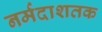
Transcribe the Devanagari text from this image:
नर्मदाशतक